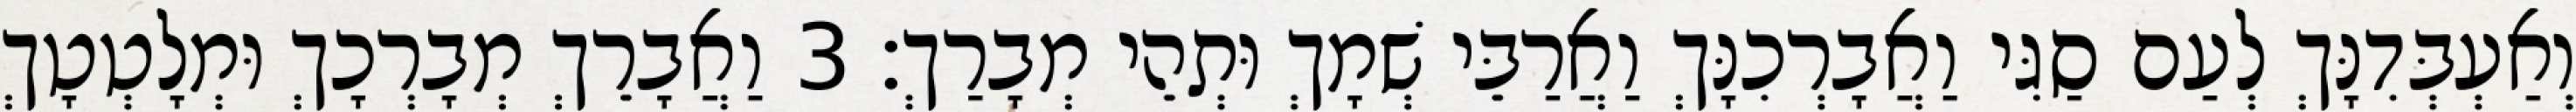
וְאַעְבְּדִנָּךְ לְעַם סַגִּי וַאֲבָרְכִנָּךְ וַאֲרַבֵּי שְׁמָךְ וּתְהֵי מְבָרַךְ׃ 3 וַאֲבָרֵךְ מְבָרְכָךְ וּמְלָטְטָךְ